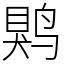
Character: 䴗